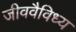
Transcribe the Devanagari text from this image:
जीववैविध्य